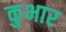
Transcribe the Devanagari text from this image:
कुभार